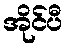
အိုင်ပီ